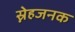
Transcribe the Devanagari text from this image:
स्नेहजनक